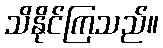
သိနိုင်ကြသည်။